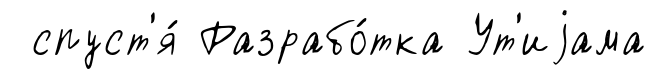
спуст'я́ Разрабо́тка Ут'иjама